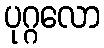
ပုဂ္ဂလော